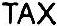
TAX